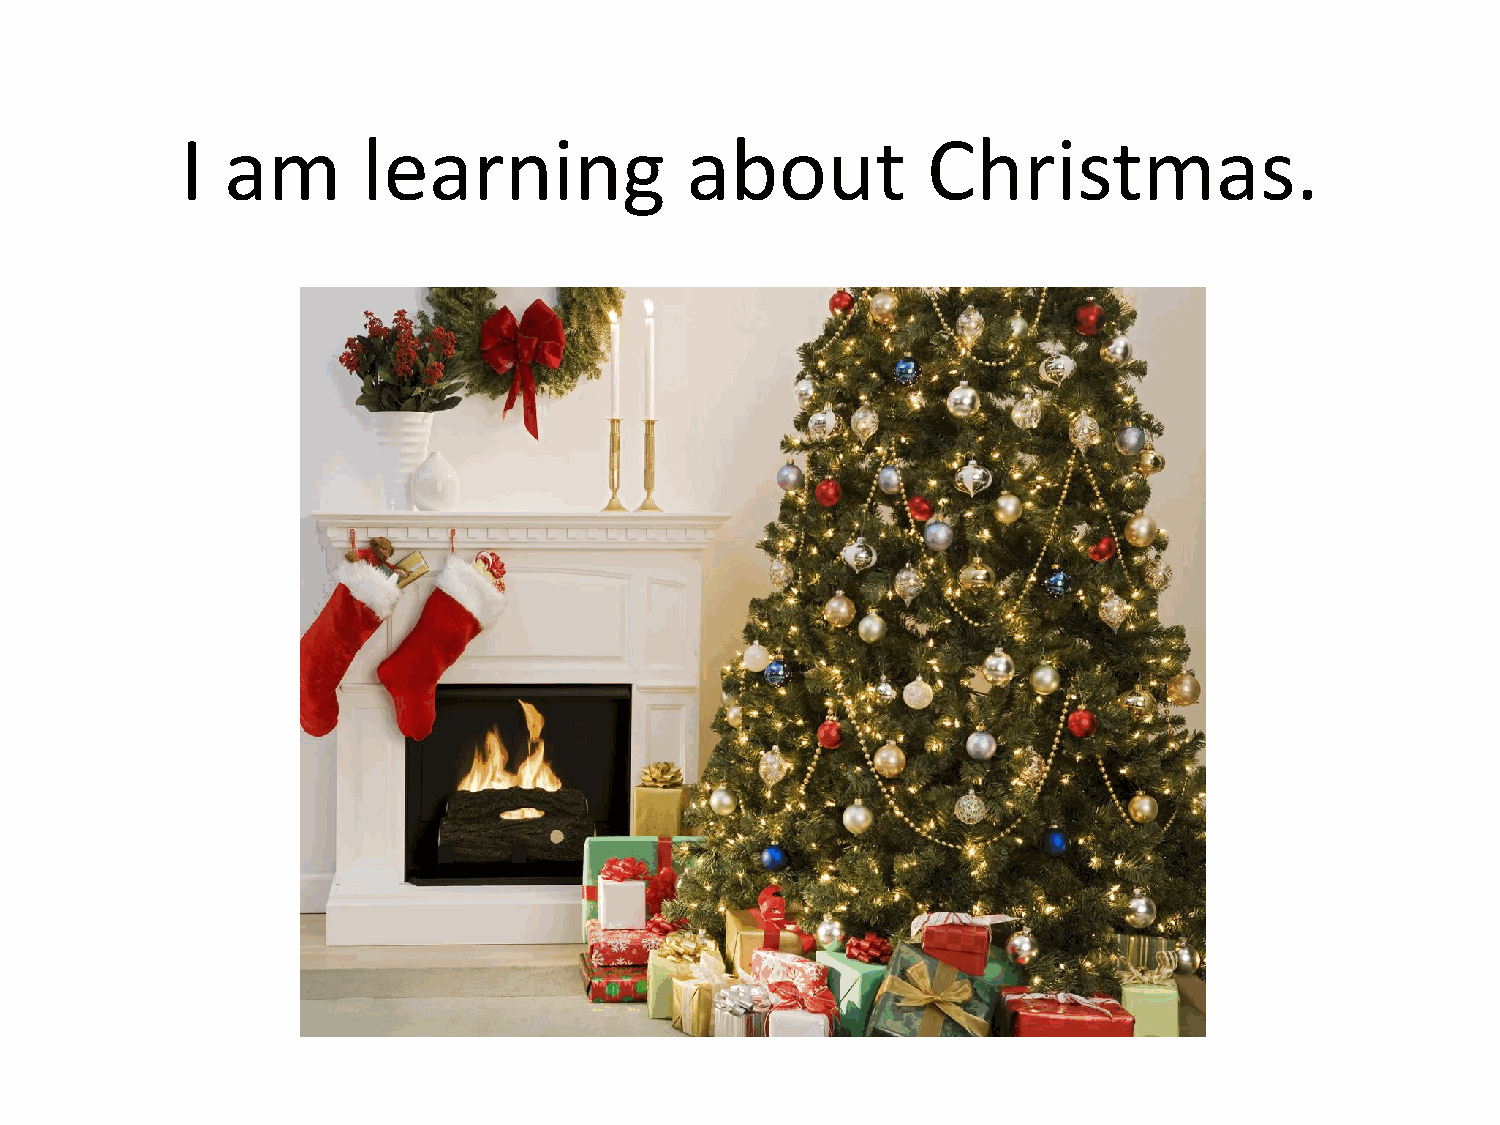
I  am       learning             about           Christmas.